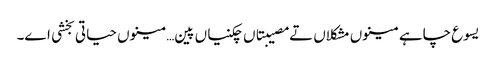
یسوع چاہے مینوں مشکلاں تے مصیبتاں چکنیاں پین… مینوں حیاتی بخشی اے۔